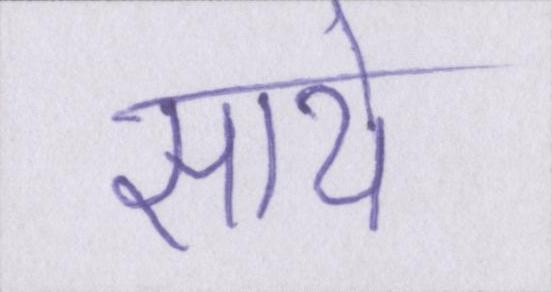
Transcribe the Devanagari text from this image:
साये